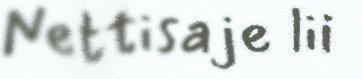
Nettisaje lii